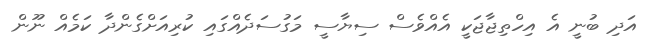
އަދި ބުނީ އެ އިހްތިޖާޖަކީ އެއްވެސް ސިޔާސީ މަގުސަދެއްގައި ކުރިއަށްގެންދާ ކަމެއް ނޫން